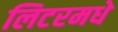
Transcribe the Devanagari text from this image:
लिटरमधे